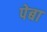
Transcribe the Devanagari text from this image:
पेबा